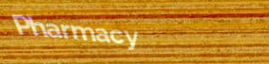
Pharmacy